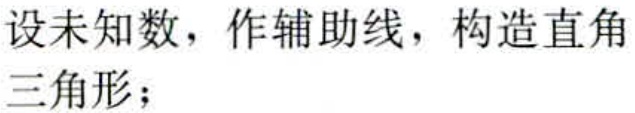
设未知数，作辅助线，构造直角三角形；